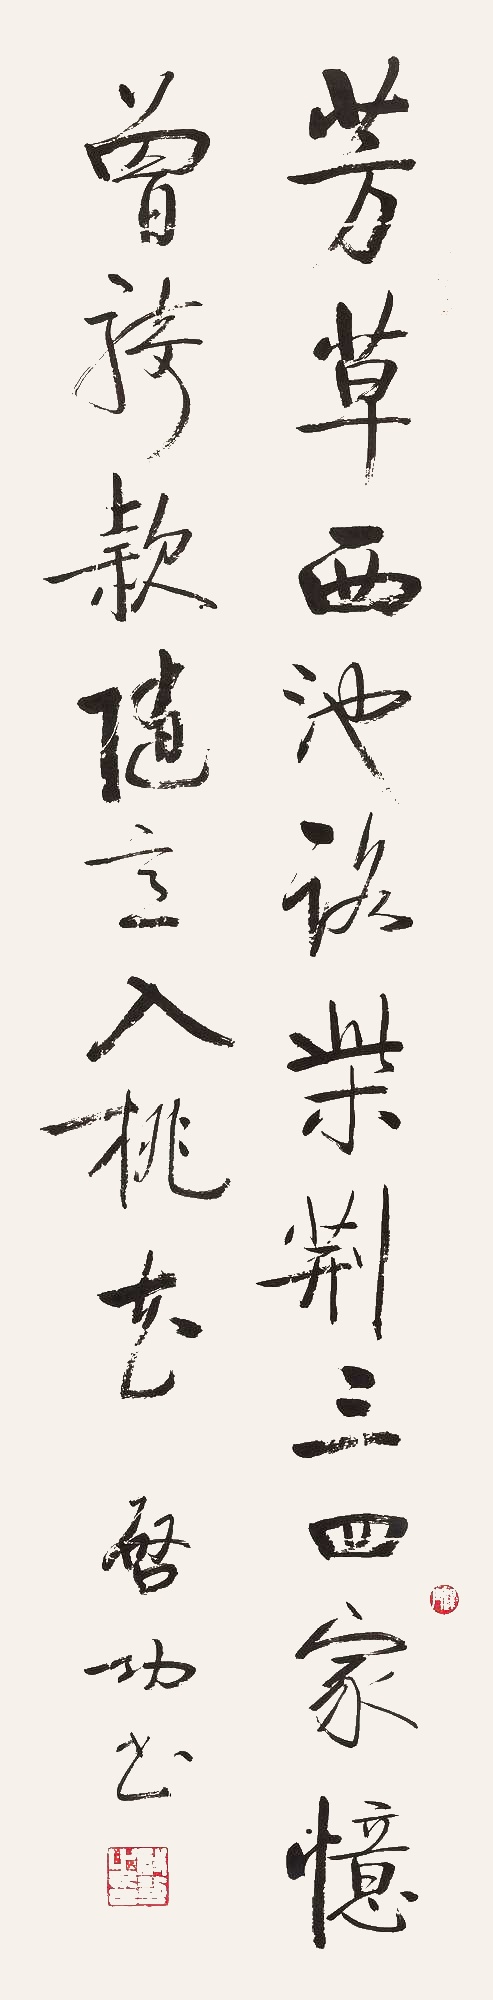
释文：芳草西池路，柴荆三四家。忆曾骑款(段)，随意入桃花。启功书。